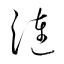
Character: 漣